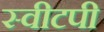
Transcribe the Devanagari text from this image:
स्वीटपी